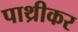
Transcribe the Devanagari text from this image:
पाथ्रीकर